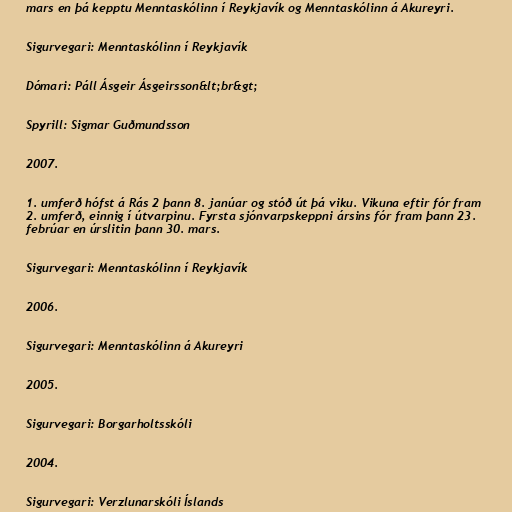
mars en þá kepptu Menntaskólinn í Reykjavík og Menntaskólinn á Akureyri.

Sigurvegari: Menntaskólinn í Reykjavík

Dómari: Páll Ásgeir Ásgeirsson&lt;br&gt;

Spyrill: Sigmar Guðmundsson

2007.

1. umferð hófst á Rás 2 þann 8. janúar og stóð út þá viku. Vikuna eftir fór fram
2. umferð, einnig í útvarpinu. Fyrsta sjónvarpskeppni ársins fór fram þann 23.
febrúar en úrslitin þann 30. mars.

Sigurvegari: Menntaskólinn í Reykjavík

2006.

Sigurvegari: Menntaskólinn á Akureyri

2005.

Sigurvegari: Borgarholtsskóli

2004.

Sigurvegari: Verzlunarskóli Íslands